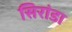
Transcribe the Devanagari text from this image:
सिरांडा